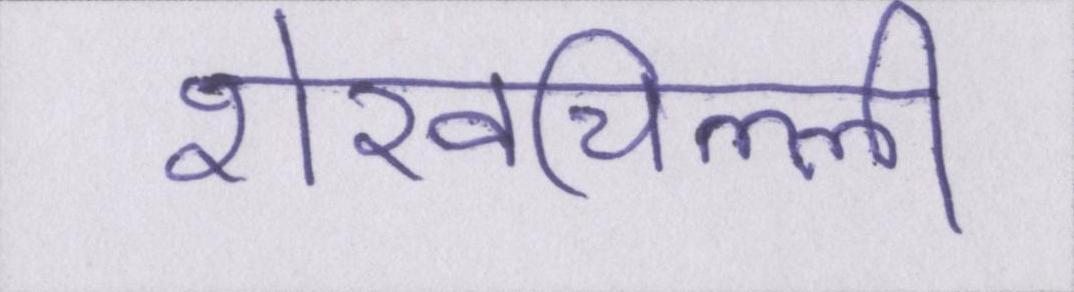
शेखचिल्ली